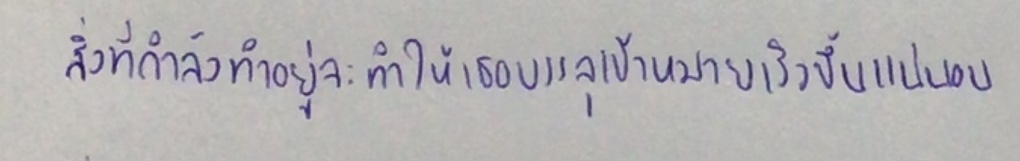
สิ่งที่กำลังทำอยู่จะทำให้เธอบรรลุเป้าหมายเร็วขึ้นแน่นอน